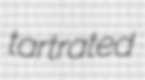
tartrated